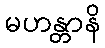
မဟန္တာနိ